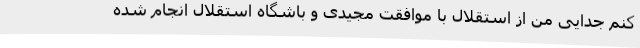
کنم جدایی من از استقلال با موافقت مجیدی و باشگاه استقلال انجام شده